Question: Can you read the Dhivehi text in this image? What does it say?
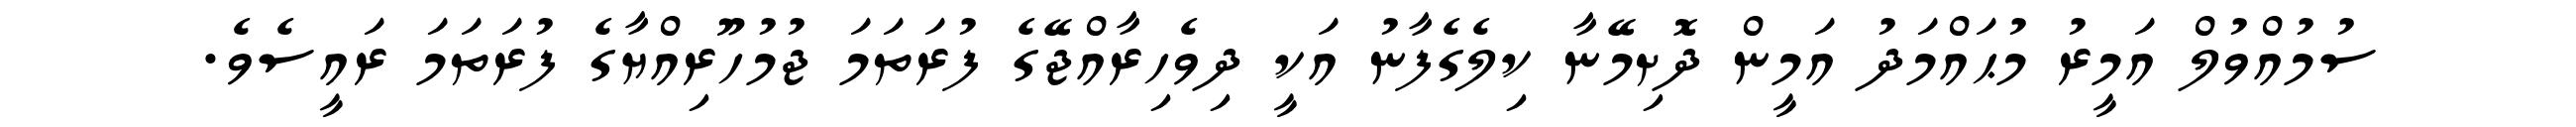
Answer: ސުމުއްވުލް އަމީރު މުޙައްމަދު އަމީން ދޮށިމޭނާ ކިލެގެފާނު އަކީ ދިވެހިރާއްޖޭގެ ފުރަތަމަ ޖުމުހޫރިއްޔާގެ ފުރަތަމަ ރައީސެވެ.